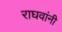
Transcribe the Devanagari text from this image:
राघवांनी